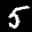
Label: 5